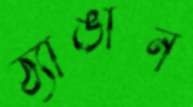
ঠ্যাঙান